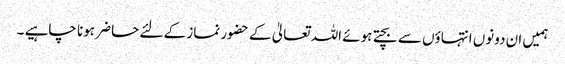
ہمیں ان دونوں انتہاؤں سے بچتے ہوئے اللہ تعالیٰ کے حضور نماز کے لئے حاضر ہونا چاہیے ۔